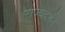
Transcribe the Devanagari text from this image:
राज्यदर्शन